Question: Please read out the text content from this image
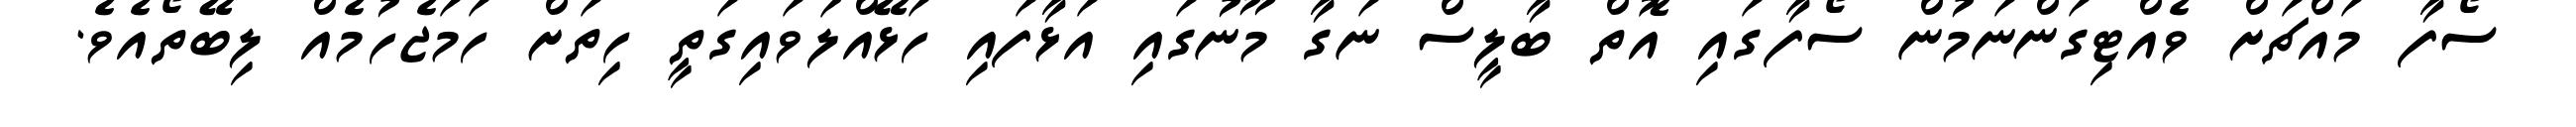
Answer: ސޯފާ މައްޗަށް ވެއްޓިގަންނަމުން ސޯފާގައި އޮތް ބާލީސް ނަގާ މޫނުގައި އަޅާފައި ހަޅޭއްލަވައިގަތީ ހިތަށް ހަމަޖެހުމެއް ލިބޭތޯއެވެ.